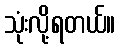
သုံးလို့ရတယ်။